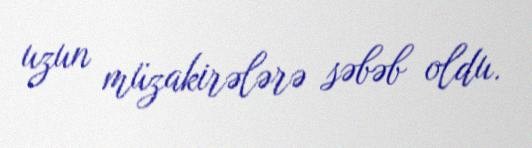
uzun müzakirələrə səbəb oldu.